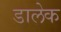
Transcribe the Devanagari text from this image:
डालेक